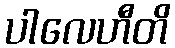
ပါလေဟီတိ